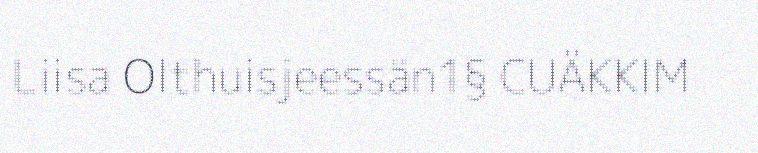
Liisa Olthuisjeessän1§ CUÄKKIM